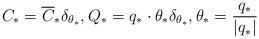
LaTeX: \begin{align*}C_* = \overline{C}_* \delta_{\theta_*}, Q_* = q_* \cdot \theta_* \delta_{\theta_*}, \theta_* = \frac{q_*}{|q_*|}\end{align*}